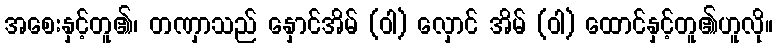
အစေးနှင့်တူ၏၊ တဏှာသည် နှောင်အိမ် (ဝါ) လှောင် အိမ် (ဝါ) ထောင်နှင့်တူ၏ဟူလို။